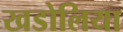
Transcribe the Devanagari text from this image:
खडोलिया